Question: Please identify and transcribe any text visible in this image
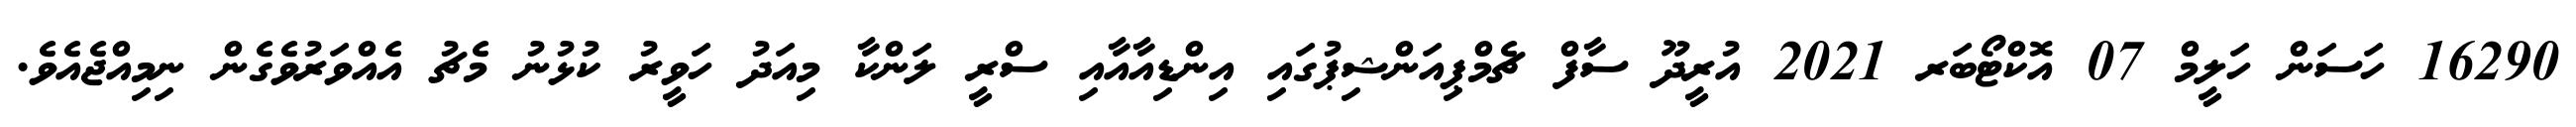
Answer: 16290 ހަސަން ހަލީމް 07 އޮކްޓޯބަރ 2021 އުރީދޫ ސާފް ޗެމްޕިއަންޝިޕުގައި އިންޑިއާއާއި ސްރީ ލަންކާ މިއަދު ހަވީރު ކުޅުނު މެޗު އެއްވަރުވެގެން ނިމިއްޖެއެވެ.